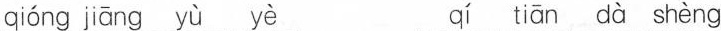
qióng jiāng yù yè qí tiān dà shèng